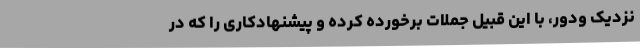
نزدیک ودور، با این قبیل جملات برخورده کرده و پیشنهادکاری را که در